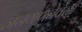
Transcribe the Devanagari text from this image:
जनगणनेवेळी